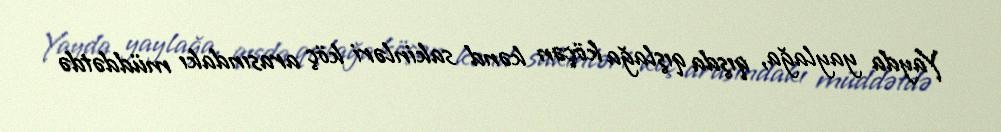
Yayda yaylağa, qışda qışlağa köçən kənd sakinləri köç arasındakı müddətdə